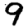
Digit: 9